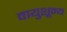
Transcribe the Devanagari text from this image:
वायुशून्य